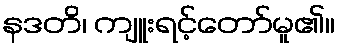
နဒတိ၊ ကျူးရင့်တော်မူ၏။